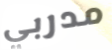
مدربي